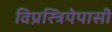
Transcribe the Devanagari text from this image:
विप्रस्त्रियेपासी